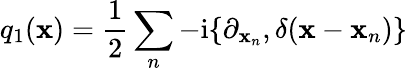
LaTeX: q_{1}(\mathbf{x})=\frac{1}{2}\sum_{n}-\mathrm{{i}}\{ \partial_{\mathbf{x}_{n}},\delta(\mathbf{x}-\mathbf{x}_{n})\}